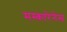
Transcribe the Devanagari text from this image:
मस्कारेनेस